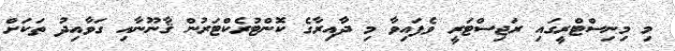
މި މިނިސްޓްރީގައި ރަޖިސްޓަރީ ވެފައިވާ މި ދާއިރާގެ ކޮންޓުރެކްޓަރުން ޤާނޫނާއި ގަވާއިދު ތަކަށް